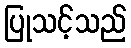
ပြုသင့်သည်